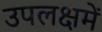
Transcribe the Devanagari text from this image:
उपलक्षमें